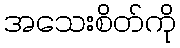
အသေးစိတ်ကို